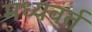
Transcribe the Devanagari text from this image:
मध्यवर्त